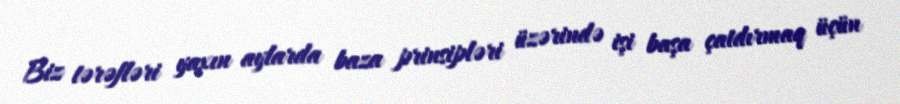
Biz tərəfləri yaxın aylarda baza prinsipləri üzərində işi başa çatdırmaq üçün